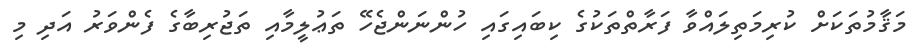
މަޤާމުތަކަށް ކުރިމަތިލައްވާ ފަރާތްތަކުގެ ކިބައިގައި ހުންނަންޖެހޭ ތަޢުލީމާއި ތަޖުރިބާގެ ފެންވަރު އަދި މި